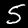
Label: 5